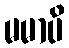
မမာပိ